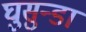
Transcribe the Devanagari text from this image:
घुसुन्डा